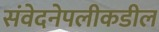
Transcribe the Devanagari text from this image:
संवेदनेपलीकडील